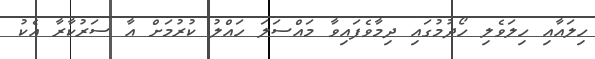
ހިލައާއި ހިލަވެލި ހޯދުމުގައި ދިމާވެފައިވާ މައްސަލަ ހައްލު ކުރުމަށް އާ ސަރުކާރާ އެކު